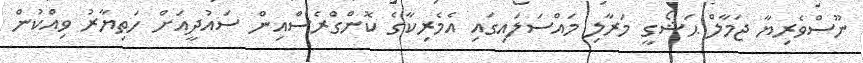
ނޫސްވެރިޔާ ޖަމާލް ޙަޝޯގީ މަރާލި މައްސަލައިގައި އެމެރިކާގެ ކޮންގްރެސްއިން ސައުދީއަށް ހަތިޔާރު ވިއްކުން